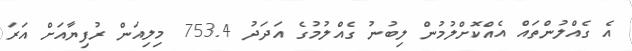
އެ ގެއްލުންތައް އެއްކޮށްލުމުން ލިބުނު ގެއްލުމުގެ އަދަދު 753.4 މިލިއަން ރުފިޔާއަށް އަރަ